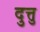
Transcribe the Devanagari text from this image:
दुत्तु